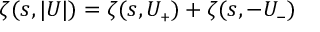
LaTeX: \zeta ( s , \vert U \vert ) = \zeta ( s , U _ { \scriptscriptstyle + } ) + \zeta ( s , - U _ { \scriptscriptstyle - } )